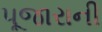
પૂજારાની